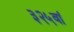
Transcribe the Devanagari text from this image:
३२५वां